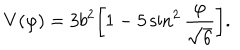
V ( \varphi ) = 3 b ^ { 2 } \biggl [ 1 - 5 \sin ^ { 2 } \frac { \varphi } { \sqrt { 6 } } \biggr ] .